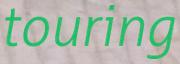
touring